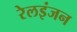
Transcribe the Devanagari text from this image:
रेलइंजन